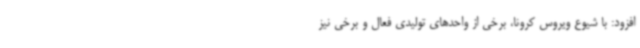
افزود: با شیوع ویروس کرونا، برخی از واحدهای تولیدی فعال و برخی نیز